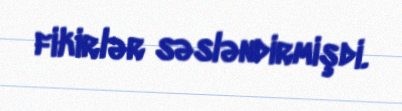
fikirlər səsləndirmişdi.